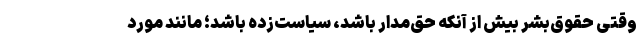
وقتی حقوق‌بشر بیش از آنکه حق‌مدار باشد، سیاست‌زده باشد؛ مانند مورد